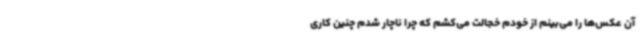
آن عکس‌ها را می‌بینم از خودم خجالت می‌کشم که چرا ناچار شدم چنین کاری